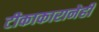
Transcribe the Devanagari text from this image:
टीकाकारानेही